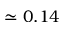
\simeq 0 . 1 4